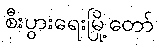
စီးပွားရေးမြို့တော်